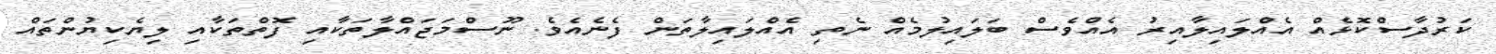
ކަރުދާސްކޮޅެއް އެއްލައިލާއިރު އެއްވެސް ބަލައިލުމެއް ނެތި އެއްލައިލާތަން ފެނެއެވެ. ނޫސްމަޖައްލާތަކާއި ފޮތްތަކާއި ލިޔެކިޔުންތައް